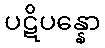
ပဋိပန္နော